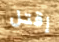
إقتل